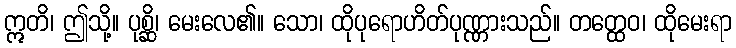
ဣတိ၊ ဤသို့။ ပုစ္ဆိ၊ မေးလေ၏။ သော၊ ထိုပုရောဟိတ်ပုဏ္ဏားသည်။ တတ္ထေဝ၊ ထိုမေးရာ